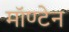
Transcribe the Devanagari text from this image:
मॉण्टेन